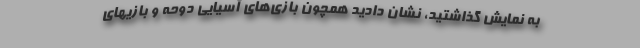
به نمایش گذاشتید، نشان دادید همچون بازی‌های آسیایی دوحه و بازیهای